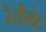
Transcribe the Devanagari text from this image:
रेसीमेट